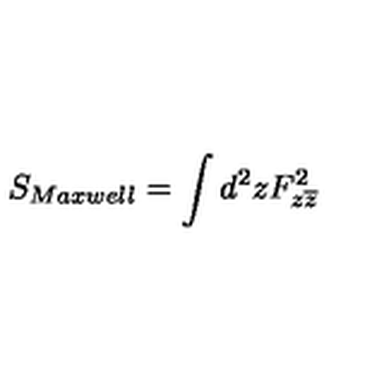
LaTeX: S _ { M a x w e l l } = \int d ^ { 2 } z F _ { z \overline { { z } } } ^ { 2 }